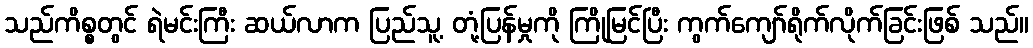
သည်ကိစ္စတွင် ရဲမင်းကြီး ဆယ်လာက ပြည်သူ့ တုံ့ပြန်မှုကို ကြိုမြင်ပြီး ကွက်ကျော်ရိုက်လိုက်ခြင်းဖြစ် သည်။